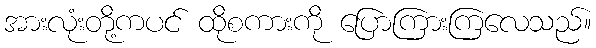
အားလုံးတို့ကပင် ထိုစကားကို ပြောကြားကြလေသည်။